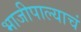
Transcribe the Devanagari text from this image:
भाजीपाल्याचं